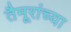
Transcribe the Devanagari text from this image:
तैमूरांच्या